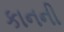
કાનની